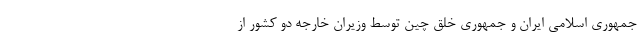
جمهوری اسلامی ایران و جمهوری خلق چین توسط وزیران خارجه دو کشور از